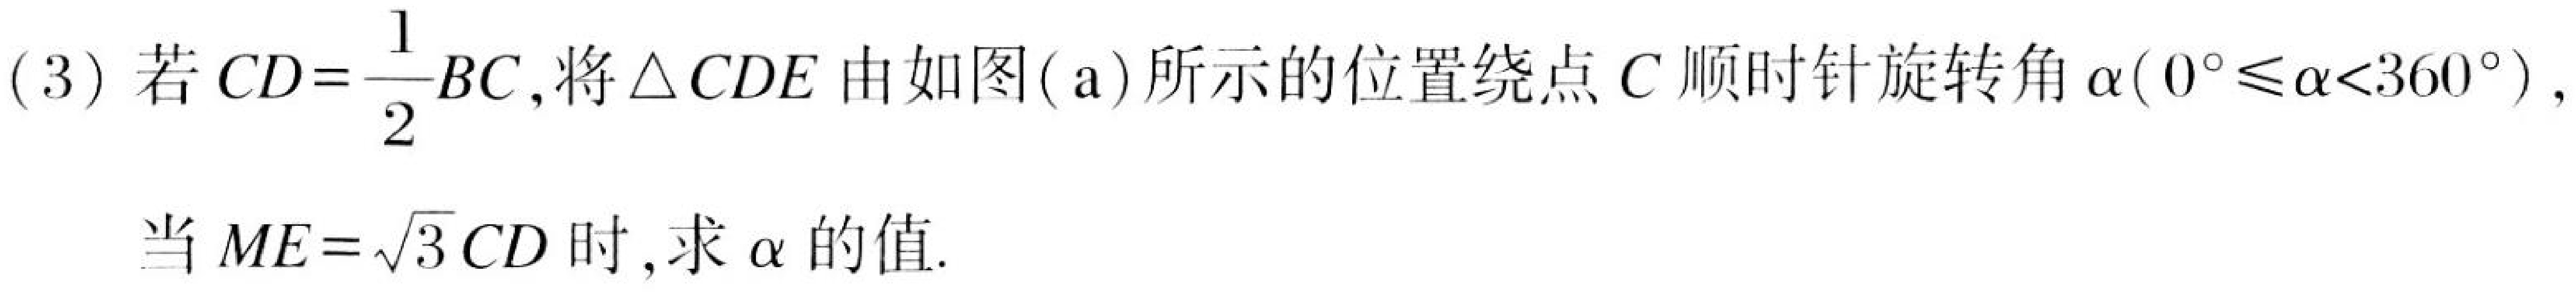
(3)若\(CD = \dfrac{1}{2}BC\),将\(\triangle CDE\)由如图(a)所示的位置绕点\(C\)顺时针旋转角\(\alpha(0^{\circ}\leqslant\alpha<360^{\circ})\),
当\(ME = \sqrt{3}CD\)时,求\(\alpha\)的值.